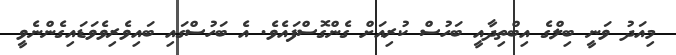
މިއަދު ވަނީ ބިލްގެ އިބްތިދާއީ ބަހުސް ކުރިއަށް ގެންގޮސްފައެވެ. އެ ބަހުސްގައި ބައިވެރިވެވަޑައިގެންނެވީ